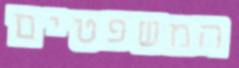
המשפטים